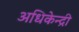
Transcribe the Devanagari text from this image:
अधिकेन्द्री